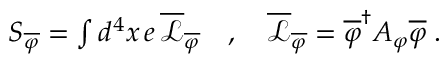
\begin{array} { r } { S _ { \overline { { \varphi } } } = \int d ^ { 4 } x \, e \, \overline { { \mathcal { L } } } _ { \overline { { \varphi } } } \quad , \quad \overline { { \mathcal { L } } } _ { \overline { { \varphi } } } = \overline { { \varphi } } ^ { \dagger } A _ { \varphi } \overline { { \varphi } } \; . } \end{array}